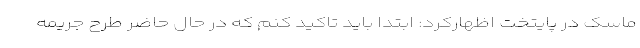
ماسک در پایتخت اظهارکرد: ابتدا باید تاکید کنم که در حال حاضر طرح جریمه